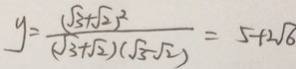
y = \frac { ( \sqrt { 3 } + \sqrt { 2 } ) ^ { 2 } } { ( \sqrt { 3 } + \sqrt { 2 } ) ( \sqrt { 3 } - \sqrt { 2 } ) } = 5 + 2 \sqrt { 6 }